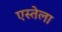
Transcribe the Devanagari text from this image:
एस्तेला